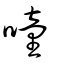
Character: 噇